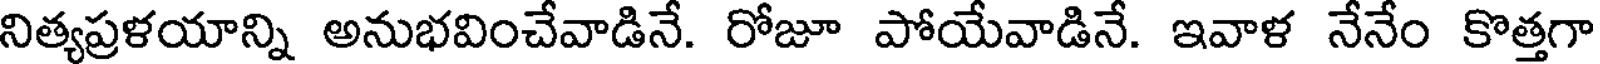
నిత్యప్రళయాన్ని అనుభవించేవాడినే. రోజూ పోయేవాడినే. ఇవాళ నేనేం కొత్తగా